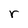
Character: r